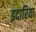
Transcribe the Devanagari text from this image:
इदारिया